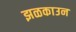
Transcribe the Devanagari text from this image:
झळकाउन